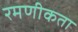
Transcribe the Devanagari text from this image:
रमणीकता